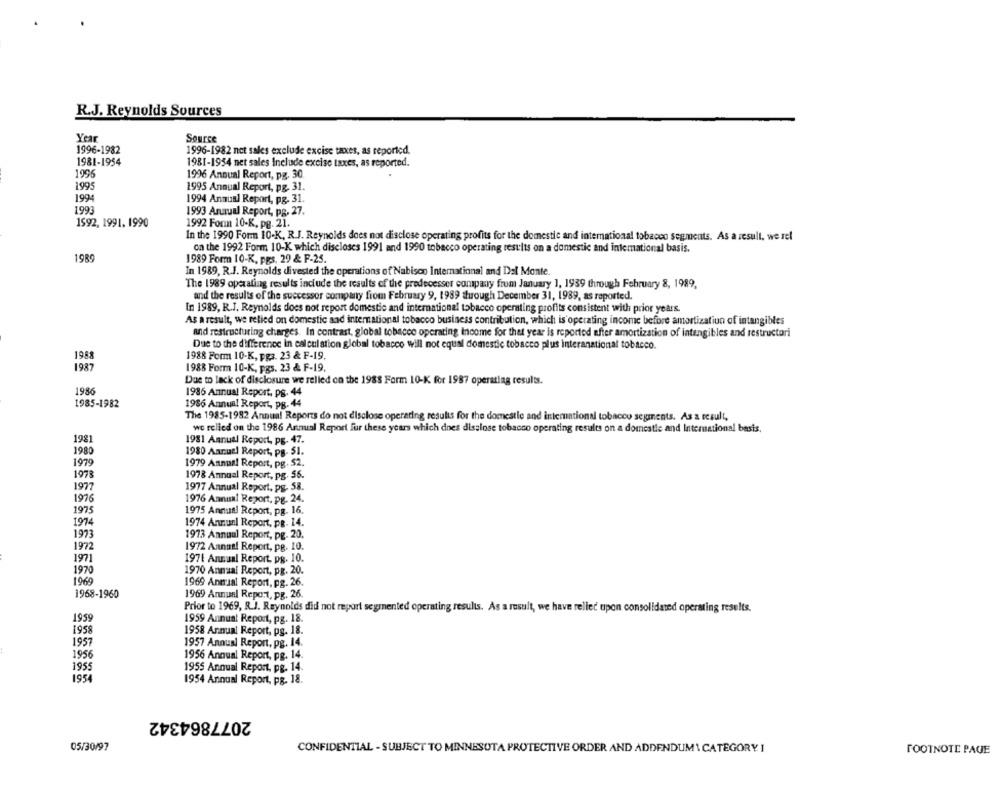
R.J. Reynolds Sources
Year
Source
1996-1982
1996-1982 net sales exclude excise taxes, as reported.
1981-1954
1981-1954 net sales Include excise taxes, as reported.
1996
1996 Annual Report, pg. 30.
1995
1995 Annual Report, pg. 31.
1994
1994 Annual Report, pg. 31.
1993
1993 Annual Report, pg. 27.
1592, 1991. 1990
1992 Fonn 10-K, pg. 21.
In the 1990 Form 10-K, R.J. Reynolds does not disclose operating profits for the domestic and international tobacco segments. As a result, we rel
on the 1992 Form 10-K which discloses 1991 and 1990 tobacco operating results on a domestic and international basis.
1989
1989 Form 10-K, pgs. 29 & F-25.
In 1989, R.J. Reynolds divested the operations of Nabisco International and Del Monte.
The 1989 operating results include the results of the predecesser company from January 1, 1939 through February 8, 1989,
and the results of the successor company from February 9, 1989 tuough December 31, 1989, as reported.
In 1989, R.J. Reynolds does not report domestic and international tobacco operating profits consistent with prior years.
As a result, we relied on domestic and international tobacco business contribution, which is'operating income before amortization of intangibles
and restructuring charges. In contrast, global tobacco operating Income for that year is reported after amortization of intangibles and restructori
Due to the difference in calculation global tobacco will not equal domestic tobacco plus interanational tobacco.
1988
1988 Form 10-K, pg3. 23 & F-19.
1987
1988 Form 10-K, pgs. 23 & F-19.
Due to lack of disclosure we relied on the 1988 Form 10-K for 1987 operating results.
1986
1986 Annual Report, ps. 44
1985-1982
1986 Annual Report, pg. 44
The 1985-1982 Annual Reports do not disclose operating results for the domestic and international tobacco segments. As a result,
wc relied on the 1986 Annual Report fur these years which dnes disclose tobacco operating results on a domestic and International basis.
1981
1981 Annual Report, pg. 47.
1980
1980 Annuel Report, pg- 51.
1979
1979 Annual Report, pg. $2.
1978
1978 Annual Report, pg. 56.
1977
1977 Annual Report, pg. 58.
1976
1976 Annual Report, pg. 24.
1975
1975 Annual Report, pg. 16.
1974
1974 Annual Report, pe- 14.
1973
1973 Annual Report, pg. 20.
1972
1972 Annual Report, pg. 10.
1971
1971 Annual Report, pg. 10.
1970
1970 Annual Report, pg. 20.
1969
1969 Annual Report, pg. 26.
1968-1960
1969 Annual Report, pg. 26.
Prior to 1969, R.J. Reynolds did not report segmented operating results. As a result, we have relied upon consolidated operating results.
1959
1959 Annual Report, pg. 18.
1958
1958 Annual Report, pg. 18.
1957
1957 Annual Report, pg. 14.
1956
1956 Annual Report, pg. 14.
1955
1955 Annual Report, pg. 14.
1954
1954 Annual Report, pg. 18.
2077864342
05/30/97
CONFIDENTIAL - SUBJECT TO MINNESOTA PROTECTIVE ORDER AND ADDENDUM \ CATEGORY. I
FOOTNOTE PAGE